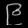
Digit: ၉